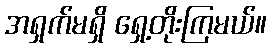
အရှက်မရှိ ရှေ့တိုးကြမယ်။